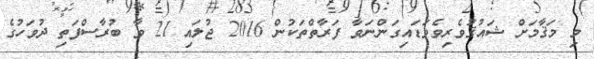
މި މަޤާމަށް ޝައުޤުވެރިވެވަޑައިގަންނަވާ ފަރާތްތަކުން 2016 ޖުލައި 21 ވާ ބުރާސްފަތި ދުވަހުގެ